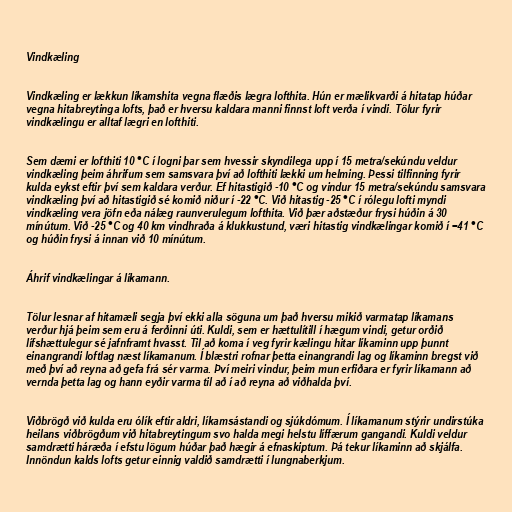
Vindkæling

Vindkæling er lækkun líkamshita vegna flæðis lægra lofthita. Hún er mælikvarði á hitatap húðar
vegna hitabreytinga lofts, það er hversu kaldara manni finnst loft verða í vindi. Tölur fyrir
vindkælingu er alltaf lægri en lofthiti.

Sem dæmi er lofthiti 10 °C í logni þar sem hvessir skyndilega upp í 15 metra/sekúndu veldur
vindkæling þeim áhrifum sem samsvara því að lofthiti lækki um helming. Þessi tilfinning fyrir
kulda eykst eftir því sem kaldara verður. Ef hitastigið -10 °C og vindur 15 metra/sekúndu samsvara
vindkæling því að hitastigið sé komið niður í -22 °C. Við hitastig -25 °C í rólegu lofti myndi
vindkæling vera jöfn eða nálæg raunverulegum lofthita. Við þær aðstæður frysi húðin á 30
mínútum. Við -25 °C og 40 km vindhraða á klukkustund, væri hitastig vindkælingar komið í −41 °C
og húðin frysi á innan við 10 mínútum.

Áhrif vindkælingar á líkamann.

Tölur lesnar af hitamæli segja því ekki alla söguna um það hversu mikið varmatap líkamans
verður hjá þeim sem eru á ferðinni úti. Kuldi, sem er hættulítill í hægum vindi, getur orðið
lífshættulegur sé jafnframt hvasst. Til að koma í veg fyrir kælingu hitar líkaminn upp þunnt
einangrandi loftlag næst líkamanum. Í blæstri rofnar þetta einangrandi lag og líkaminn bregst við
með því að reyna að gefa frá sér varma. Því meiri vindur, þeim mun erfiðara er fyrir líkamann að
vernda þetta lag og hann eyðir varma til að í að reyna að viðhalda því.

Viðbrögð við kulda eru ólík eftir aldri, líkamsástandi og sjúkdómum. Í líkamanum stýrir undirstúka
heilans viðbrögðum við hitabreytingum svo halda megi helstu líffærum gangandi. Kuldi veldur
samdrætti háræða í efstu lögum húðar það hægir á efnaskiptum. Þá tekur líkaminn að skjálfa.
Innöndun kalds lofts getur einnig valdið samdrætti í lungnaberkjum.